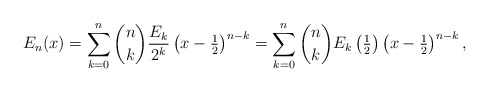
\begin{align*}E_{n}(x) = \sum_{k=0}^{n} \binom{n}{k} \frac{E_{k}}{2^{k}} \left( x - \tfrac{1}{2} \right)^{n-k} = \sum_{k=0}^{n} \binom{n}{k} E_{k} \left( \tfrac{1}{2} \right) \left( x - \tfrac{1}{2} \right)^{n-k},\end{align*}